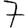
Digit: 7